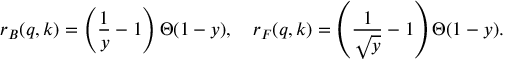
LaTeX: r _ { B } ( q , k ) = \left( \frac { 1 } { y } - 1 \right) \Theta ( 1 - y ) , \quad r _ { F } ( q , k ) = \left( \frac { 1 } { \sqrt { y } } - 1 \right) \Theta ( 1 - y ) .